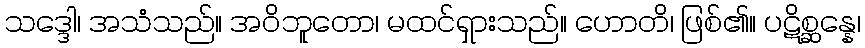
သဒ္ဒေါ၊ အသံသည်။ အဝိဘူတော၊ မထင်ရှားသည်။ ဟောတိ၊ ဖြစ်၏။ ပဋိစ္ဆန္နေ၊